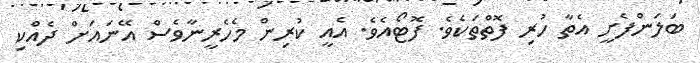
ބަލަންފެށީ އެތާ ހުރި ފޮތްތަކެވެ. ފޮޓޯއެވެ. އެއީ ކުރިން މެހެރީނާވެސް އޭނައަށް ދެއްކި